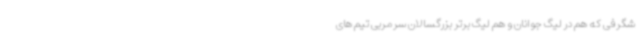
شگرفی که هم در لیگ جوانان و هم لیگ برتر بزرگسالان سرمربی تیم های